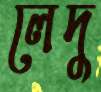
লেদু